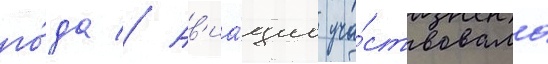
го́да // Ав'иа́циа уча́ствовала